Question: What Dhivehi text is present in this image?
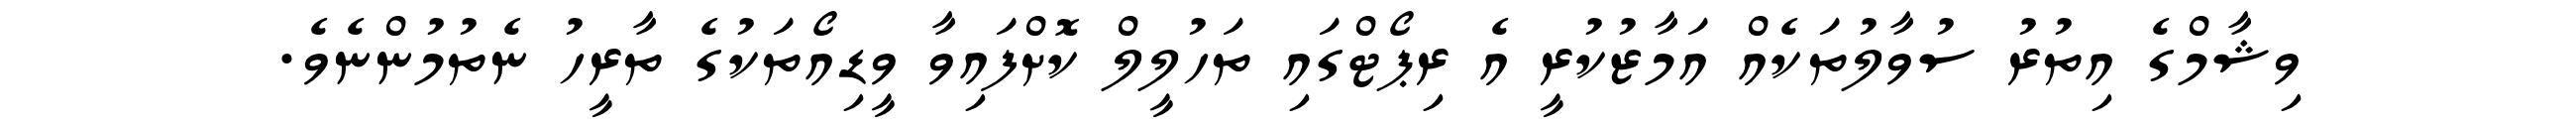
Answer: ވިޝާމްގެ އިތުރު ސުވާލުތަކެއް އަމާޒުކުރީ އެ ރިޕޯޓްގައި ތަހުލީލް ކޮށްފައިވާ ވީޑިއޯތަކުގެ ތާރީހު ނެތުމުންނެވެ.